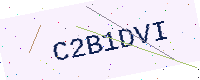
Text: C2B1DVI